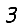
Digit: 3